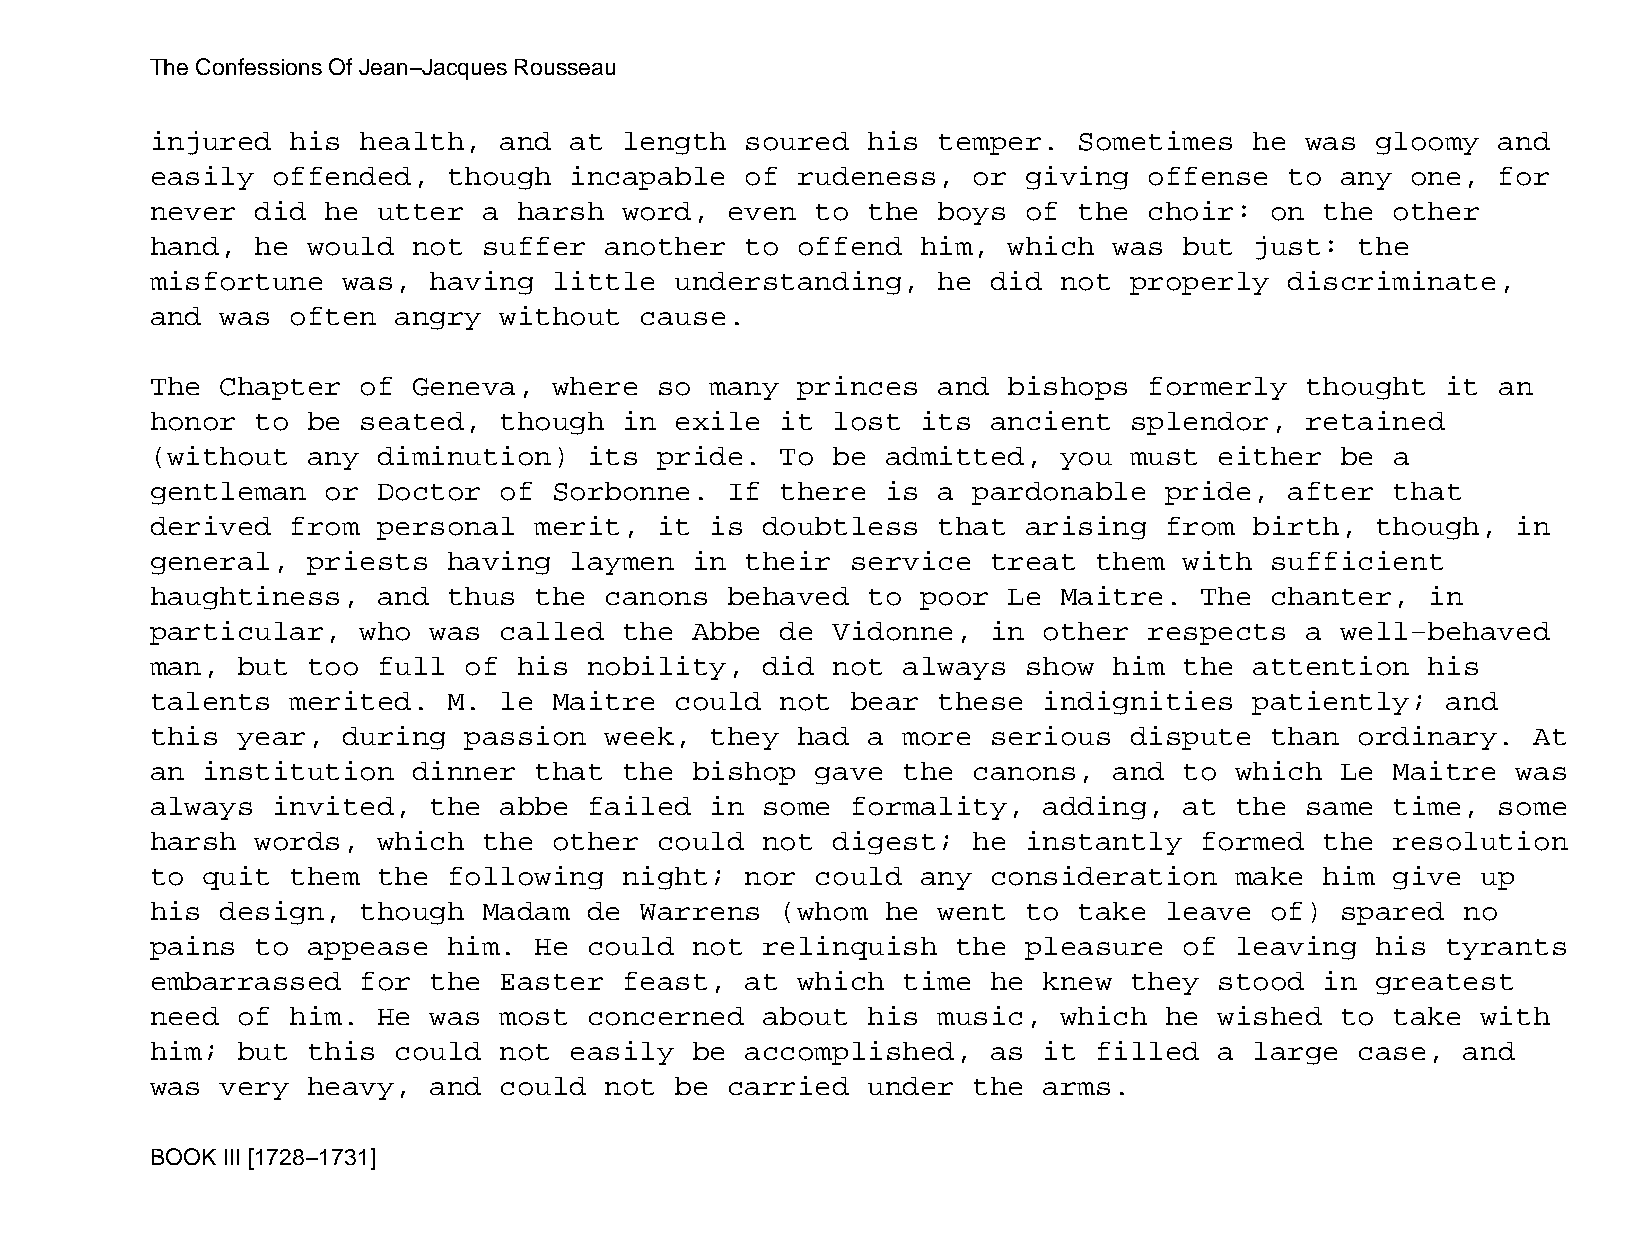
The Confessions Of Jean−Jacques Rousseau
 injured  his  health,  and  at length  soured  his  temper.  Sometimes   he was  gloomy  and
 easily  offended,   though  incapable  of  rudeness,  or  giving  offense  to  any one,  for
 never  did  he utter  a harsh  word,  even  to the  boys  of the  choir:  on  the other
 hand,  he would  not  suffer  another  to  offend  him,  which  was but  just:  the
 misfortune   was, having   little  understanding,   he  did not  properly  discriminate,
 and  was often  angry  without  cause.
 The  Chapter  of Geneva,   where  so many  princes  and  bishops  formerly  thought   it an
 honor  to be  seated,  though  in  exile  it lost  its  ancient  splendor,  retained
 (without  any  diminution)   its  pride.  To be  admitted,  you  must  either  be a
 gentleman   or Doctor  of  Sorbonne.  If  there  is a pardonable   pride,  after  that
 derived  from  personal  merit,   it is doubtless   that  arising  from  birth,  though,  in
 general,  priests   having  laymen  in their  service   treat them  with  sufficient
 haughtiness,   and  thus the  canons  behaved  to  poor  Le Maitre.  The  chanter,   in
 particular,   who was  called  the  Abbe  de Vidonne,   in other  respects  a  well−behaved
 man,  but too  full  of his  nobility,  did  not  always  show  him the  attention   his
 talents  merited.   M. le  Maitre  could  not bear  these  indignities   patiently;   and
 this  year,  during  passion  week,  they  had a  more  serious  dispute  than  ordinary.  At
 an institution   dinner  that  the  bishop  gave  the canons,   and to  which  Le Maitre  was
 always  invited,  the  abbe  failed  in some  formality,   adding,  at  the same  time,  some
 harsh  words,  which  the  other  could not  digest;  he  instantly  formed   the resolution
 to quit  them  the  following  night;  nor  could  any  consideration   make  him give  up
 his  design,  though  Madam  de Warrens   (whom  he went  to take  leave  of)  spared  no
 pains  to appease   him. He  could  not relinquish   the  pleasure  of  leaving  his  tyrants
 embarrassed   for the  Easter  feast,  at  which  time  he knew  they  stood  in greatest
 need  of him.  He was  most  concerned  about  his  music,  which  he  wished  to take  with
 him;  but this  could  not  easily  be accomplished,    as it filled   a large  case,  and
 was  very heavy,  and  could  not  be carried  under  the  arms.
 BOOK III [1728−1731]